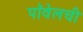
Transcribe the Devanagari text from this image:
पॉवेलची